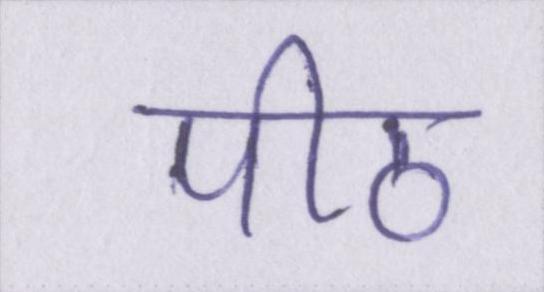
पीठ